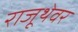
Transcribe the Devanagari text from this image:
राजूथेवर